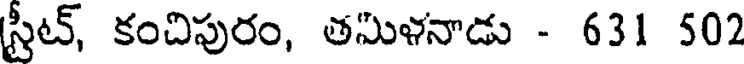
స్టీట్, కంచిపురం, తమిళనాడు - 631 502